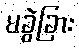
မခွဲခြား